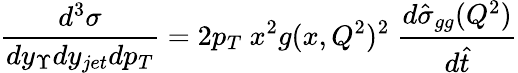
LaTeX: \frac{d^{3}\sigma}{dy_{\Upsilon}dy_{jet}dp_{T}}=2p_{T}\ x^{2}g(x,Q^{2})^{2}\ \frac{d\hat{\sigma}_{gg}(Q^{2})}{d\hat{t}}